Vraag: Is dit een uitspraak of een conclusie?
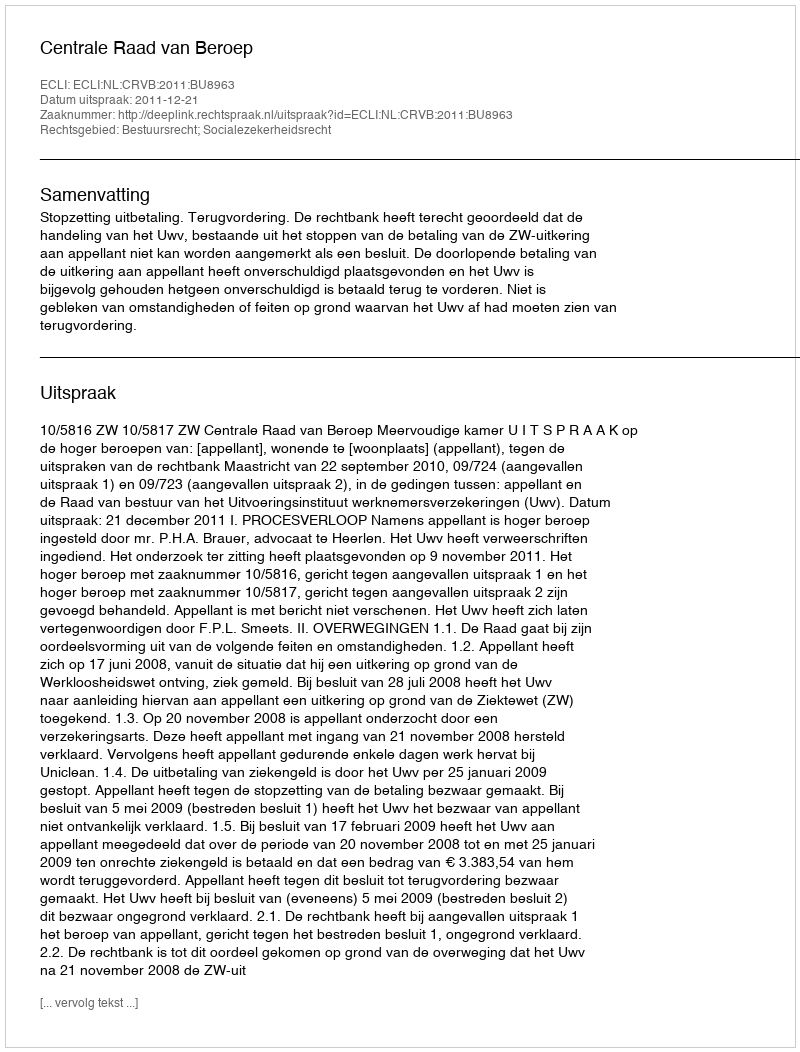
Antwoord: Uitspraak